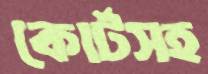
কোর্টসহ